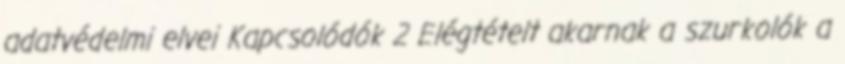
adatvédelmi elvei Kapcsolódók 2 Elégtételt akarnak a szurkolók a